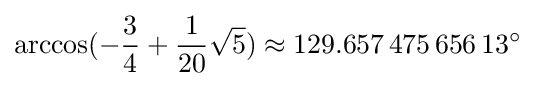
\arccos(-{\frac {3}{4}}+{\frac {1}{20}}{\sqrt {5}})\approx 129.657\,475\,656\,13^{\circ }